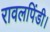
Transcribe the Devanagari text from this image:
रावलपिंडी।